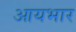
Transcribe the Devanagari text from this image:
आयभार